Indian journal of veterinary science and animal husbandry - Volume 11,
Year: 1941
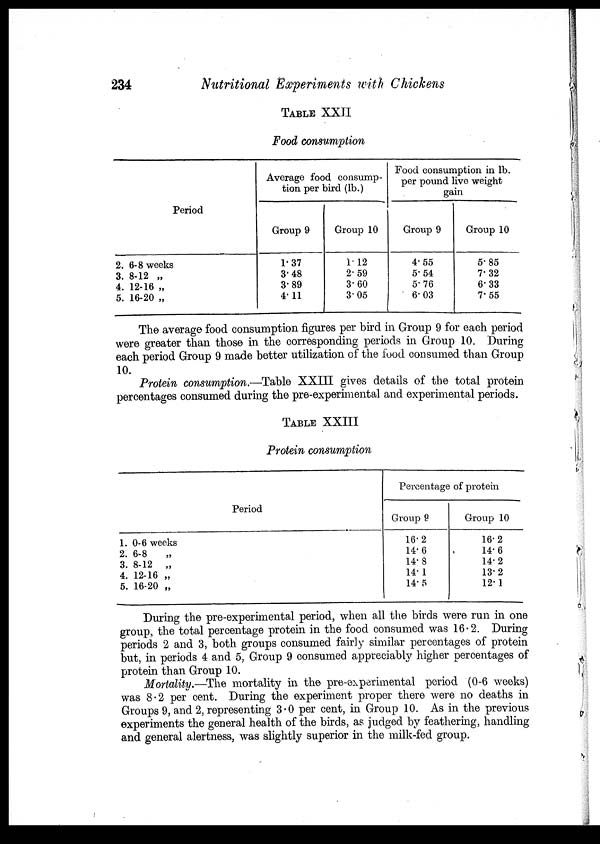
234
Nutritional Experiments with Chickens
TABLE XXII
Food consumption
Period
2. 6-8 weeks
3. 8-12 „
4. 12-16 „
5. 16-20 „
Average food consump-
tion per bird (lb.)
Group 9
1.37
3.48
3.89
4.11
Group 10
1.12
2.59
3.60
3.05
Food consumption in lb.
per pound live weight
gain
Group 9
4.55
5.54
5.76
6.03
Group 10
5.85
7.32
6.33
7.55
The average food consumption figures per bird in Group 9 for each period
were greater than those in the corresponding periods in Group 10. During
each period Group 9 made better utilization of the food consumed than Group
10.
Protein consumption.—Table XXIII gives details of the total protein
percentages consumed during the pre-experimental and experimental periods.
TABLE XXIII
Protein consumption
Period
1.0-6 weeks
2. 6-8 „
3. 8-12 „
4. 12-16 „
5. 16-20 „
Percentage of protein
Group 9
16.2
14.6
14.8
14. 1
14.5
Group 10
16.2
14.6
14.2
13.2
12.1
During the pre-experimental period, when all the birds were run in one
group, the total percentage protein in the food consumed was 16.2. During
periods 2 and 3, both groups consumed fairly similar percentages of protein
but, in periods 4 and 5. Group 9 consumed appreciably higher percentages of
protein than Group 10.
Mortality.—The mortality in the pre-experimental period (0-6 weeks)
was 8.2 per cent. During the experiment proper there were no deaths in
Groups 9, and 2, representing 3.0 per cent, in Group 10. As in the previous
experiments the general health of the birds, as judged by feathering, handling
and general alertness, was slightly superior in the milk-fed group.